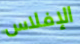
الإفلاس